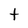
Character: t